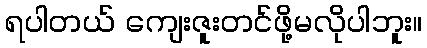
ရပါတယ် ကျေးဇူးတင်ဖို့မလိုပါဘူး။